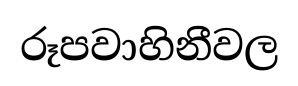
රූපවාහිනීවල